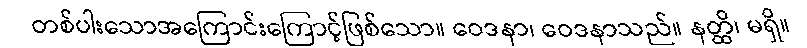
တစ်ပါးသောအကြောင်းကြောင့်ဖြစ်သော။ ဝေဒနာ၊ ဝေဒနာသည်။ နတ္ထိ၊ မရှိ။